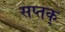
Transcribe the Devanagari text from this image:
सप्तक्